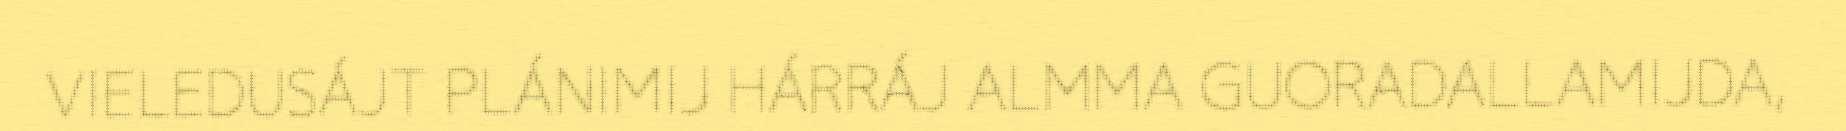
VIELEDUSÁJT PLÁNIMIJ HÁRRÁJ ALMMA GUORADALLAMIJDA,